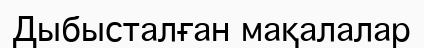
Дыбысталған мақалалар